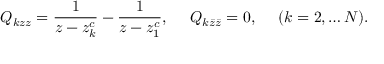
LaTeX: Q _ { k z z } = \frac { 1 } { z - z _ { k } ^ { c } } - \frac { 1 } { z - z _ { 1 } ^ { c } } , ~ ~ ~ ~ Q _ { k \bar { z } \bar { z } } = 0 , ~ ~ ~ ~ ( k = 2 , \dots { \cal N } ) .